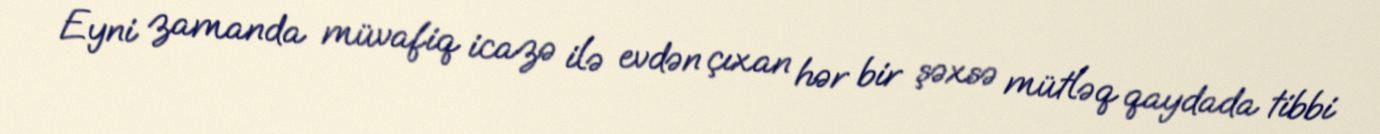
Eyni zamanda müvafiq icazə ilə evdən çıxan hər bir şəxsə mütləq qaydada tibbi